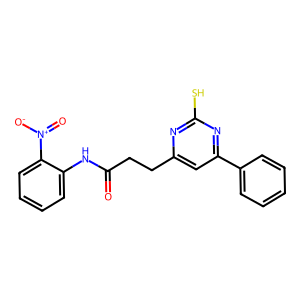
SMILES: O=C(CCc1cc(-c2ccccc2)nc(S)n1)Nc1ccccc1[N+](=O)[O-]
Inhibits HIV replication: No